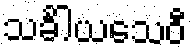
သင်္ခါယသေဝီ